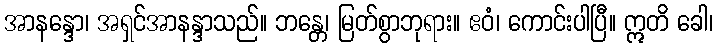
အာနန္ဒော၊ အရှင်အာနန္ဒာသည်။ ဘန္တေ၊ မြတ်စွာဘုရား။ ဧဝံ၊ ကောင်းပါပြီ။ ဣတိ ခေါ၊